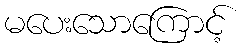
မပေးသောကြောင့်